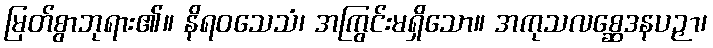
မြတ်စွာဘုရား၏။ နိရဝသေသံ၊ အကြွင်းမရှိသော။ အကုသလစ္ဆေဒနပဉှာ၊